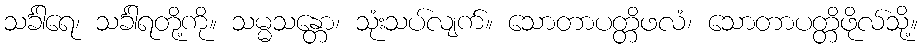
သင်္ခါရေ၊ သင်္ခါရတို့ကို။ သမ္မသန္တော၊ သုံးသပ်လျက်။ သောတာပတ္တိဖလံ၊ သောတာပတ္တိဖိုလ်သို့။